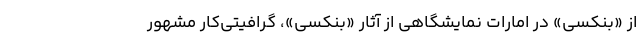
از «بنکسی» در امارات نمایشگاهی از آثار «بنکسی»، گرافیتی‌کار مشهور